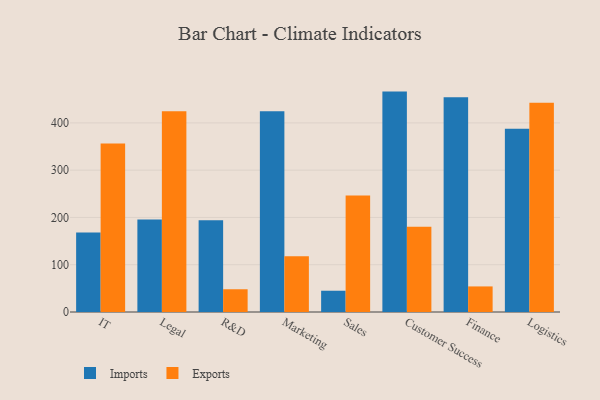
{"axis": {"x": "Department", "y": "Demand Index"}, "legend": ["Exports", "Imports"], "data": [{"x": "IT", "y": 167.9, "type": "Imports"}, {"x": "IT", "y": 356.4, "type": "Exports"}, {"x": "Legal", "y": 195.5, "type": "Imports"}, {"x": "Legal", "y": 424.6, "type": "Exports"}, {"x": "R&D", "y": 194.2, "type": "Imports"}, {"x": "R&D", "y": 48.1, "type": "Exports"}, {"x": "Marketing", "y": 424.6, "type": "Imports"}, {"x": "Marketing", "y": 117.9, "type": "Exports"}, {"x": "Sales", "y": 45.0, "type": "Imports"}, {"x": "Sales", "y": 246.2, "type": "Exports"}, {"x": "Customer Success", "y": 466.2, "type": "Imports"}, {"x": "Customer Success", "y": 180.2, "type": "Exports"}, {"x": "Finance", "y": 454.4, "type": "Imports"}, {"x": "Finance", "y": 54.1, "type": "Exports"}, {"x": "Logistics", "y": 387.4, "type": "Imports"}, {"x": "Logistics", "y": 442.5, "type": "Exports"}]}